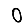
Digit: 0